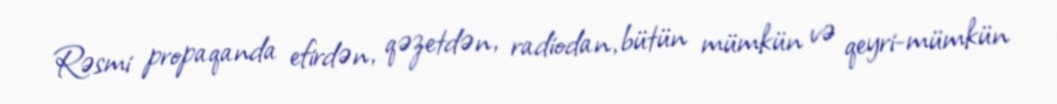
Rəsmi propaqanda efirdən, qəzetdən, radiodan, bütün mümkün və qeyri-mümkün